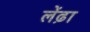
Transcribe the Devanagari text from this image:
लेंढ़ा